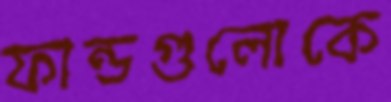
ফান্ডগুলোকে